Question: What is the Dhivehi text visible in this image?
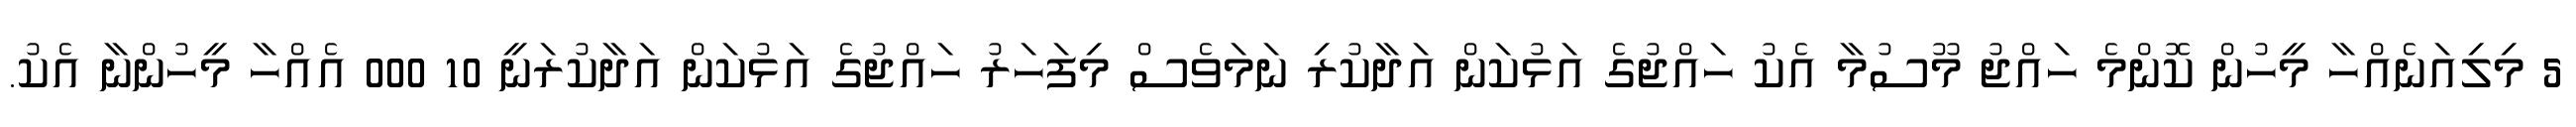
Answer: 5 މިލިއަނެއްހާ މީހުން ކޮންމެ ހައްޖު މޫސުމާ އެކު ހައްޖުގެ އަޅުކަން އަދާކުރި ނަމަވެސް މިފަހަރު ހައްޖުގެ އަޅުކަން އަދާކުރަނީ 10 000 އެއްހާ މީހުންނާ އެކު.